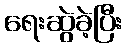
ရေးဆွဲခဲ့ပြီး